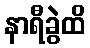
နာရီခွဲထိ